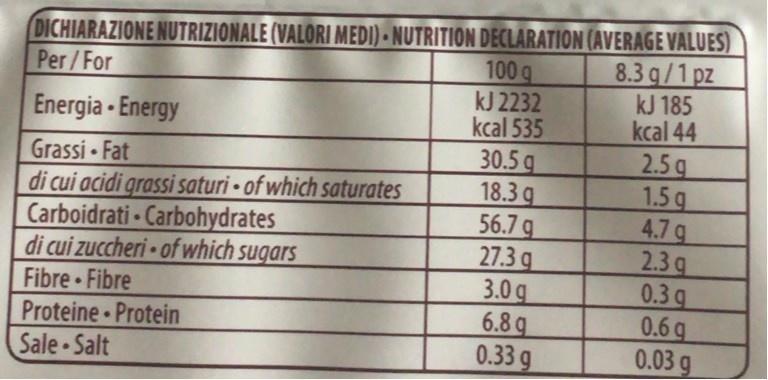
DICHIARAZIONE NUTRIZIONALE (VALORI MEDI) NUTRITION DECLARATION (AVERAGE VALUES)
Per/For
8.3 g/1 pz
kJ 185
kcal 44
Energia - Energy
Grassi - Fat
di cui acidi grassi saturi- of which saturates
Carboidrati
Carbohydrates
di cui zuccheri of which sugars
.
Fibre Fibre
.
.
.
Proteine - Protein
Sale-Salt
100 q
kJ 2232
kcal 535
30.5 q
18.3 g
56.7 g
27.3 g
3.0 g
6.8g
0.33 g
2.5 g
1.5 g
4.7 g
2.39
0.3 g
0.6g
0.03 g